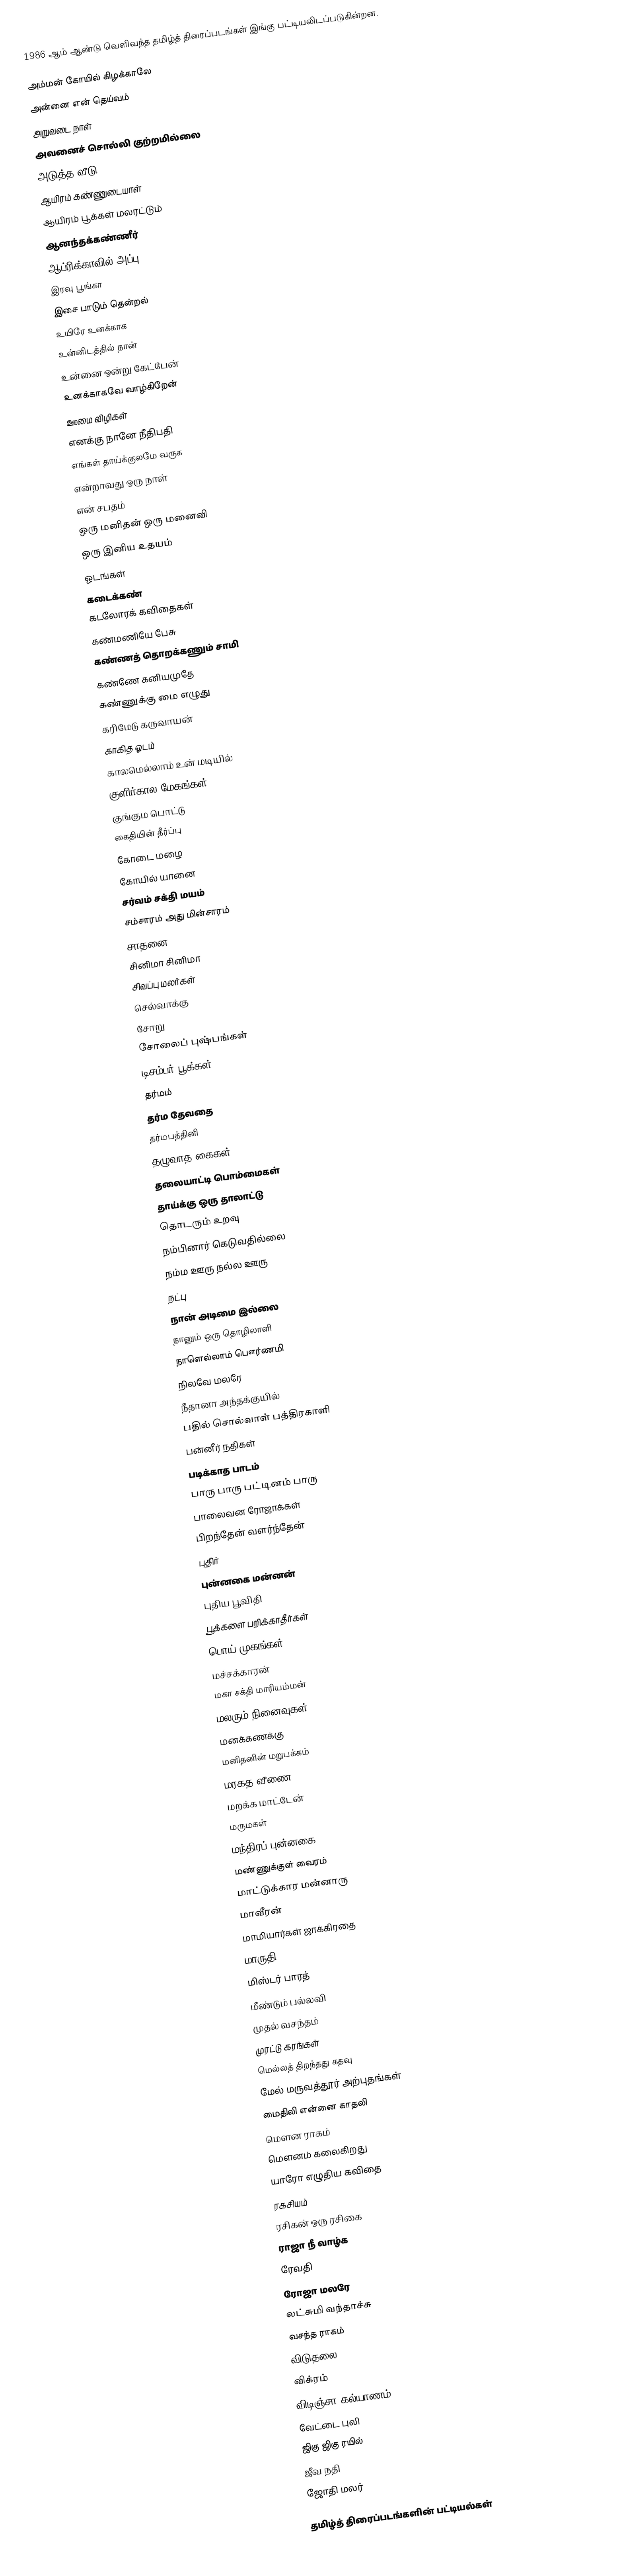
1986 ஆம் ஆண்டு வெளிவந்த தமிழ்த் திரைப்படங்கள் இங்கு பட்டியலிடப்படுகின்றன.

அம்மன் கோயில் கிழக்காலே
அன்னை என் தெய்வம்
அறுவடை நாள்
அவனைச் சொல்லி குற்றமில்லை
அடுத்த வீடு
ஆயிரம் கண்ணுடையாள்
ஆயிரம் பூக்கள் மலரட்டும்
ஆனந்தக்கண்ணீர்
ஆப்ரிக்காவில் அப்பு
இரவு பூங்கா
இசை பாடும் தென்றல்
உயிரே உனக்காக
உன்னிடத்தில் நான்
உன்னை ஒன்று கேட்பேன்
உனக்காகவே வாழ்கிறேன்
ஊமை விழிகள்
எனக்கு நானே நீதிபதி
எங்கள் தாய்க்குலமே வருக
என்றாவது ஒரு நாள்
என் சபதம்
ஒரு மனிதன் ஒரு மனைவி
ஒரு இனிய உதயம்
ஓடங்கள்
கடைக்கண்
கடலோரக் கவிதைகள்
கண்மணியே பேசு
கண்ணத் தொறக்கணும் சாமி
கண்ணே கனியமுதே
கண்ணுக்கு மை எழுது
கரிமேடு கருவாயன்
காகித ஓடம்
காலமெல்லாம் உன் மடியில்
குளிர்கால மேகங்கள்
குங்கும பொட்டு
கைதியின் தீர்ப்பு
கோடை மழை
கோயில் யானை
சர்வம் சக்தி மயம்
சம்சாரம் அது மின்சாரம்
சாதனை
சினிமா சினிமா
சிவப்பு மலர்கள்
செல்வாக்கு
சோறு
சோலைப் புஷ்பங்கள்
டிசம்பர் பூக்கள்
தர்மம்
தர்ம தேவதை
தர்மபத்தினி
தழுவாத கைகள்
தலையாட்டி பொம்மைகள்
தாய்க்கு ஒரு தாலாட்டு
தொடரும் உறவு
நம்பினார் கெடுவதில்லை
நம்ம ஊரு நல்ல ஊரு
நட்பு
நான் அடிமை இல்லை
நானும் ஒரு தொழிலாளி
நாளெல்லாம் பௌர்ணமி
நிலவே மலரே
நீதானா அந்தக்குயில்
பதில் சொல்வாள் பத்திரகாளி
பன்னீர் நதிகள்
படிக்காத பாடம்
பாரு பாரு பட்டினம் பாரு
பாலைவன ரோஜாக்கள்
பிறந்தேன் வளர்ந்தேன்
புதிர்
புன்னகை மன்னன்
புதிய பூவிதி
பூக்களை பறிக்காதீர்கள்
பொய் முகங்கள்
மச்சக்காரன்
மகா சக்தி மாரியம்மன்
மலரும் நினைவுகள்
மனக்கணக்கு
மனிதனின் மறுபக்கம்
மரகத வீணை
மறக்க மாட்டேன்
மருமகள்
மந்திரப் புன்னகை
மண்ணுக்குள் வைரம்
மாட்டுக்கார மன்னாரு
மாவீரன்
மாமியார்கள் ஜாக்கிரதை
மாருதி
மிஸ்டர் பாரத்
மீண்டும் பல்லவி
முதல் வசந்தம்
முரட்டு கரங்கள்
மெல்லத் திறந்தது கதவு
மேல் மருவத்தூர் அற்புதங்கள்
மைதிலி என்னை காதலி
மௌன ராகம்
மௌனம் கலைகிறது
யாரோ எழுதிய கவிதை
ரகசியம்
ரசிகன் ஒரு ரசிகை
ராஜா நீ வாழ்க
ரேவதி
ரோஜா மலரே
லட்சுமி வந்தாச்சு
வசந்த ராகம்
விடுதலை
விக்ரம்
விடிஞ்சா கல்யாணம்
வேட்டை புலி
ஜிகு ஜிகு ரயில்
ஜீவ நதி
ஜோதி மலர்

தமிழ்த் திரைப்படங்களின் பட்டியல்கள்